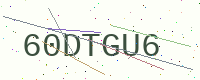
Text: 60DTGU6